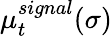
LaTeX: \mu_{t}^{signal}(\sigma)